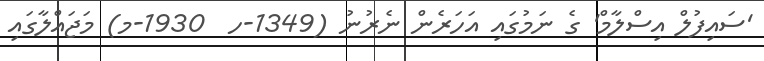
'ސައިފުލް އިސްލާމް' ގެ ނަމުގައި އަހަރެން ނެރުނު (1349-ހ  1930-މ) މަޖައްލާގައި